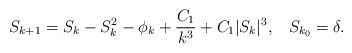
\begin{align*}S_{k + 1} = S_k - S_k^2 - \phi_k + \frac{C_1}{k^3} + C_1 |S_k|^3, \;\;\; S_{k_0} = \delta.\end{align*}